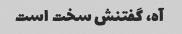
آه، گفتنش سخت است